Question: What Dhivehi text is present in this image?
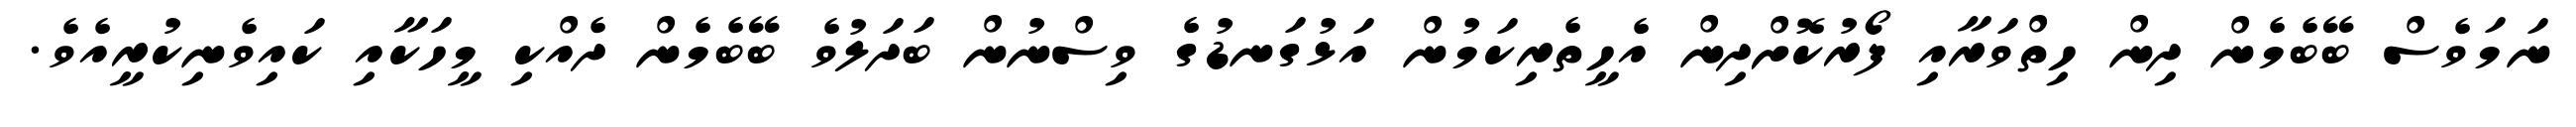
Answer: ނަމަވެސް ބޭބެމެން ދިން ހިތްވަރާއި ފޯރުކޮށްދިން އެހީތެރިކަމުން އަޅުގަނޑުގެ ވިސްނުން ބަދަލުވެ ބޭބެމެން ދެއްކި މީހަކާއި ކައިވެނިކުރީއެވެ.